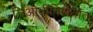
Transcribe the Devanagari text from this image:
लिओनीविरोधात